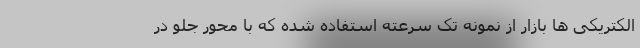
الکتریکی ها بازار از نمونه تک سرعته استفاده شده که با محور جلو در